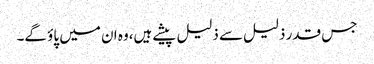
جس قدر ذلیل سے ذلیل پیشے ہیں،وہ ان میں پاؤ گے۔